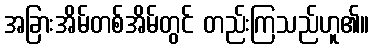
အခြားအိမ်တစ်အိမ်တွင် တည်းကြသည်ဟူ၏။